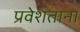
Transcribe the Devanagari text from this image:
प्रवेशताना